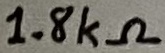
Text: 1.8kΩ